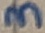
Text: 3